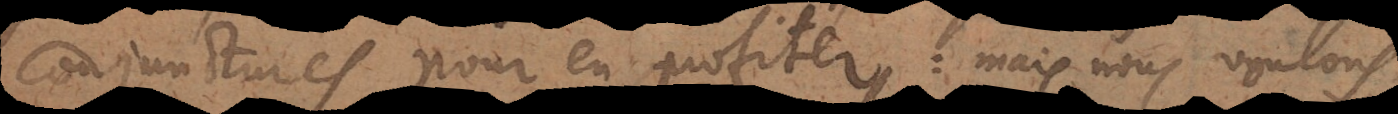
conjonctures pour en profiter: mais nous voulon